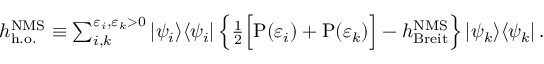
\begin{array} { r } { h _ { \mathrm { h . o . } } ^ { \mathrm { N M S } } \equiv \sum _ { i , k } ^ { \varepsilon _ { i } , \varepsilon _ { k } > 0 } | \psi _ { i } \rangle \langle \psi _ { i } | \left\{ \frac { 1 } { 2 } \Big [ \mathrm { P } ( \varepsilon _ { i } ) + \mathrm { P } ( \varepsilon _ { k } ) \Big ] - h _ { \mathrm { B r e i t } } ^ { \mathrm { N M S } } \right\} | \psi _ { k } \rangle \langle \psi _ { k } | \, . } \end{array}